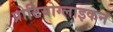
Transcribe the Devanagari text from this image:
प्रोटियोग्लाइकन